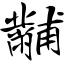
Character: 黼